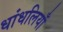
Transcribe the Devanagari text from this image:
धांधलियाँ